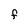
Character: F